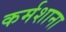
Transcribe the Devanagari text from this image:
कर्मशाना